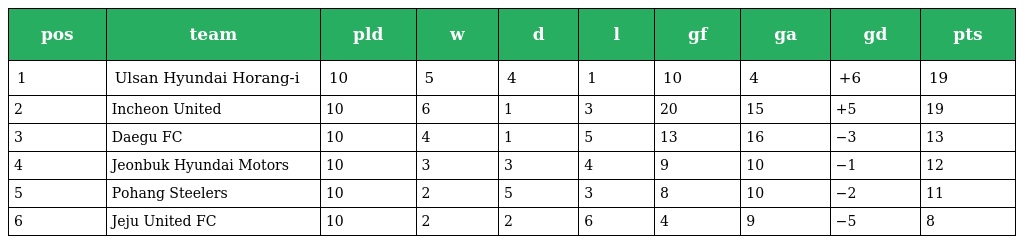
| pos | team | pld | w | d | l | gf | ga | gd | pts |
 | --- | --- | --- | --- | --- | --- | --- | --- | --- | --- |
 | 1 | Ulsan Hyundai Horang-i | 10 | 5 | 4 | 1 | 10 | 4 | +6 | 19 |
 | 2 | Incheon United | 10 | 6 | 1 | 3 | 20 | 15 | +5 | 19 |
 | 3 | Daegu FC | 10 | 4 | 1 | 5 | 13 | 16 | −3 | 13 |
 | 4 | Jeonbuk Hyundai Motors | 10 | 3 | 3 | 4 | 9 | 10 | −1 | 12 |
 | 5 | Pohang Steelers | 10 | 2 | 5 | 3 | 8 | 10 | −2 | 11 |
 | 6 | Jeju United FC | 10 | 2 | 2 | 6 | 4 | 9 | −5 | 8 |